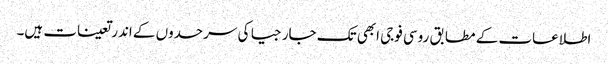
اطلاعات کے مطابق روسی فوجی ابھی تک جارجیا کی سرحدوں کے اندر تعینات ہیں۔